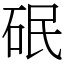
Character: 䂥